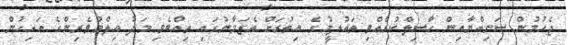
ޖެހުމުން ސަނިއްޔާއިން ހާސިލްކުރެއްވި ތައުލީމުގެ އިތުރަށް އެޒަމާނުގައި ތިއްބެވި މަދު އިލްމުވެރިންގެ އަރިހުން